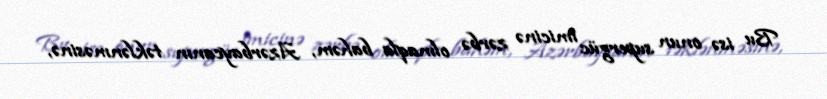
Bu isə onun supergüc imicinə zərbə olmaqla bahəm, Azərbaycanın təklənməsinə,